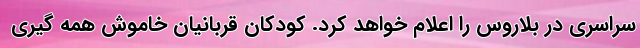
سراسری در بلاروس را اعلام خواهد کرد. کودکان قربانیان خاموش همه گیری